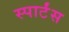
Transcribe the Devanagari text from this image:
स्पार्टंस